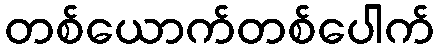
တစ်ယောက်တစ်ပေါက်